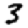
Digit: 3